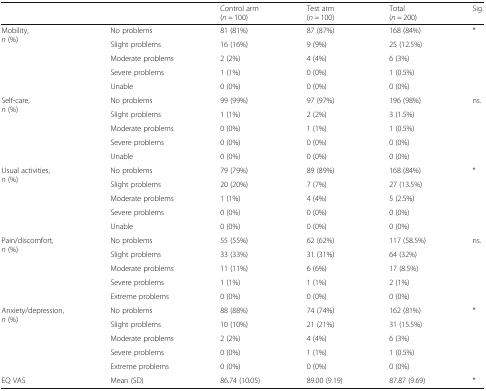
| <COLSPAN=2>  | Control arm(n = 100) | Test arm(n = 100) | Total(n = 200) | Sig. |
 | --- | --- | --- | --- | --- | --- |
 | <ROWSPAN=5> Mobility,n (%) | No problems | 81 (81%) | 87 (87%) | 168 (84%) | <ROWSPAN=5> * |
 | Slight problems | 16 (16%) | 9 (9%) | 25 (12.5%) |
 | Moderate problems | 2 (2%) | 4 (4%) | 6 (3%) |
 | Severe problems | 1 (1%) | 0 (0%) | 1 (0.5%) |
 | Unable | 0 (0%) | 0 (0%) | 0 (0%) |
 | <ROWSPAN=5> Self-care,n (%) | No problems | 99 (99%) | 97 (97%) | 196 (98%) | <ROWSPAN=5> ns. |
 | Slight problems | 1 (1%) | 2 (2%) | 3 (1.5%) |
 | Moderate problems | 0 (0%) | 1 (1%) | 1 (0.5%) |
 | Severe problems | 0 (0%) | 0 (0%) | 0 (0%) |
 | Unable | 0 (0%) | 0 (0%) | 0 (0%) |
 | <ROWSPAN=5> Usual activities,n (%) | No problems | 79 (79%) | 89 (89%) | 168 (84%) | <ROWSPAN=5> * |
 | Slight problems | 20 (20%) | 7 (7%) | 27 (13.5%) |
 | Moderate problems | 1 (1%) | 4 (4%) | 5 (2.5%) |
 | Severe problems | 0 (0%) | 0 (0%) | 0 (0%) |
 | Unable | 0 (0%) | 0 (0%) | 0 (0%) |
 | <ROWSPAN=5> Pain/discomfort,n (%) | No problems | 55 (55%) | 62 (62%) | 117 (58.5%) | <ROWSPAN=5> ns. |
 | Slight problems | 33 (33%) | 31 (31%) | 64 (32%) |
 | Moderate problems | 11 (11%) | 6 (6%) | 17 (8.5%) |
 | Severe problems | 1 (1%) | 1 (1%) | 2 (1%) |
 | Extreme problems | 0 (0%) | 0 (0%) | 0 (0%) |
 | <ROWSPAN=5> Anxiety/depression,n (%) | No problems | 88 (88%) | 74 (74%) | 162 (81%) | <ROWSPAN=5> * |
 | Slight problems | 10 (10%) | 21 (21%) | 31 (15.5%) |
 | Moderate problems | 2 (2%) | 4 (4%) | 6 (3%) |
 | Severe problems | 0 (0%) | 1 (1%) | 1 (0.5%) |
 | Extreme problems | 0 (0%) | 0 (0%) | 0 (0%) |
 | EQ VAS | Mean (SD) | 86.74 (10.05) | 89.00 (9.19) | 87.87 (9.69) | * |